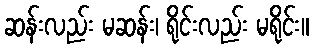
ဆန်းလည်း မဆန်း၊ ရိုင်းလည်း မရိုင်း။